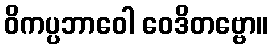
ဝိကပ္ပဘာဝေါ ဝေဒိတဗ္ဗော။